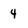
Character: 4